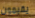
يقيمون